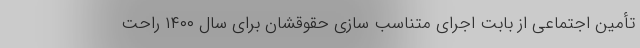
تأمین اجتماعی از بابت اجرای متناسب سازی حقوقشان برای سال ۱۴۰۰ راحت